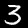
Label: 3